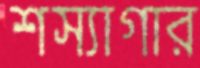
শস্যাগার